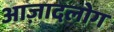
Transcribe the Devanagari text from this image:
आज़ादलोग